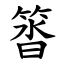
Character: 䈋